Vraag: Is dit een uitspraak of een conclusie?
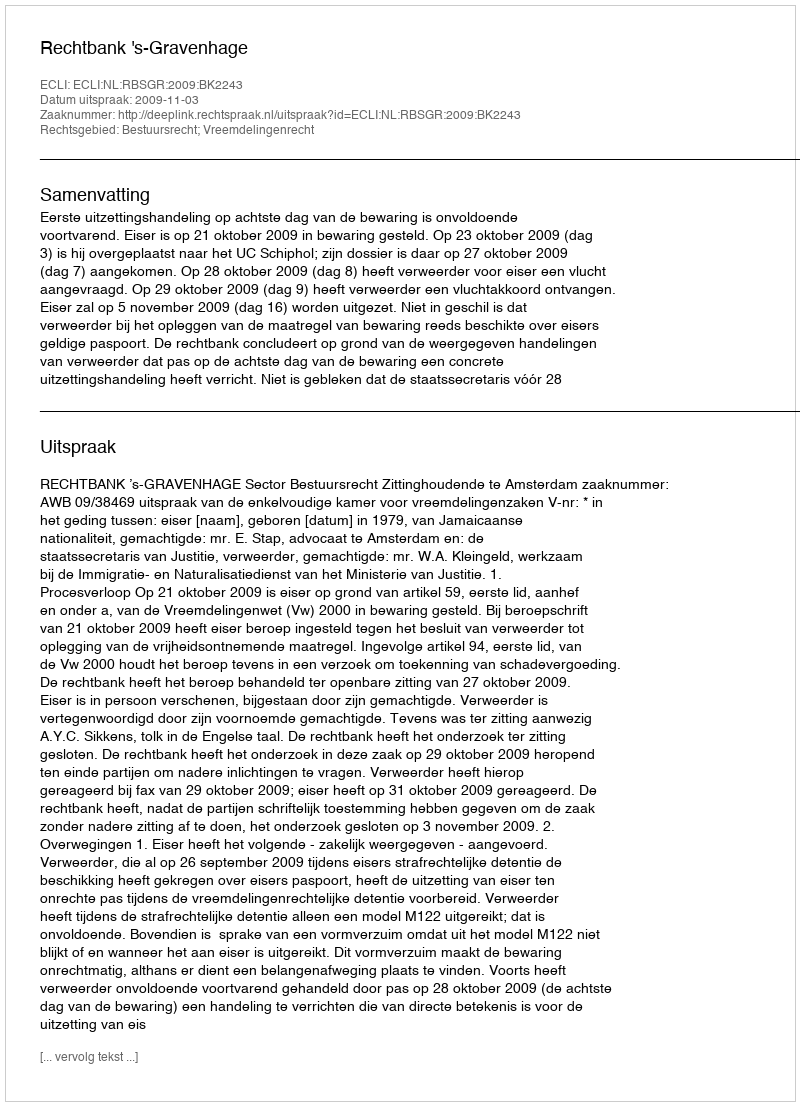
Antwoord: Uitspraak